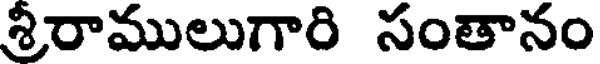
శ్రీరాములుగారి సంతానం